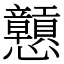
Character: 戅